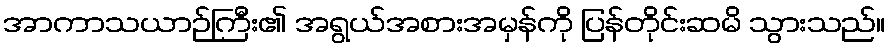
အာကာသယာဉ်ကြီး၏ အရွယ်အစားအမှန်ကို ပြန်တိုင်းဆမိ သွားသည်။